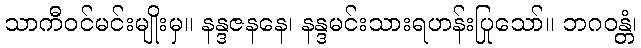
သာကီဝင်မင်းမျိုးမှ။ နန္ဒဇနနေ၊ နန္ဒမင်းသားရဟန်းပြုသော်။ ဘဂဝန္တံ၊